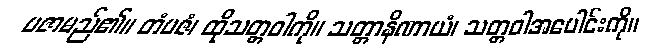
ပဇာမည်၏။ တံပဇံ၊ ထိုသတ္တဝါကို။ သတ္တာနိဏာယံ၊ သတ္တဝါအပေါင်းကို။